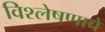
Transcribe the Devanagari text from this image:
विश्‍लेषणाचे